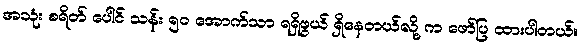
အသုံး စရိတ် ပေါင် သန်း ၅၀ အောက်သာ ရရှိဖွယ် ရှိနေတယ်လို့ က ဖော်ပြ ထားပါတယ်။